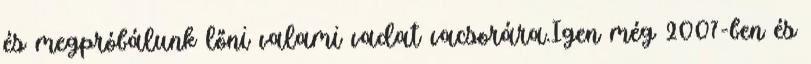
és megpróbálunk lőni valami vadat vacsorára.Igen még 2007-ben és